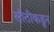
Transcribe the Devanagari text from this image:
सौतीकडून